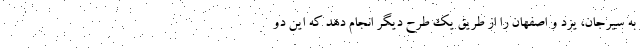
به سیرجان، یزد و اصفهان را از طریق یک طرح دیگر انجام دهد که این دو